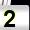
Digit: 2